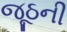
જૂઠની